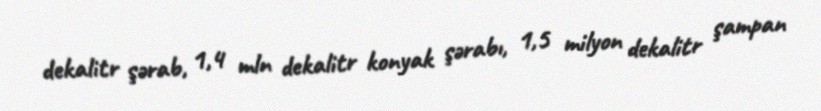
dekalitr şərab, 1,4 mln dekalitr konyak şərabı, 1,5 milyon dekalitr şampan